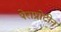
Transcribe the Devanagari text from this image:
पेराप्रोटीन